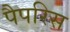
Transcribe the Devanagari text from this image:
पैपरिस